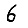
Digit: 6